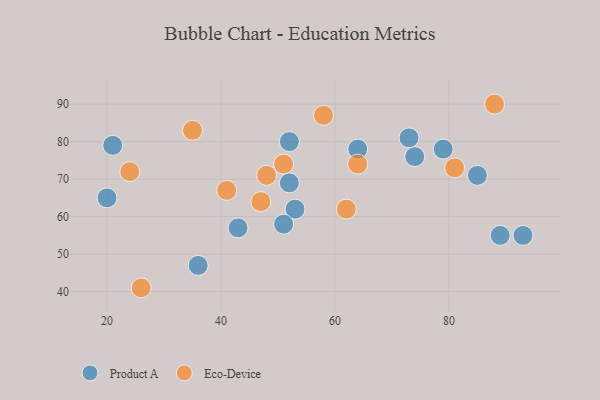
{"axis": {"x": "GDP", "y": "Life Expectancy"}, "legend": ["Eco-Device", "Product A"], "data": [{"x": "21", "y": 79, "type": "Product A"}, {"x": "36", "y": 47, "type": "Product A"}, {"x": "53", "y": 62, "type": "Product A"}, {"x": "79", "y": 78, "type": "Product A"}, {"x": "85", "y": 71, "type": "Product A"}, {"x": "74", "y": 76, "type": "Product A"}, {"x": "52", "y": 80, "type": "Product A"}, {"x": "20", "y": 65, "type": "Product A"}, {"x": "51", "y": 58, "type": "Product A"}, {"x": "52", "y": 69, "type": "Product A"}, {"x": "93", "y": 55, "type": "Product A"}, {"x": "64", "y": 78, "type": "Product A"}, {"x": "43", "y": 57, "type": "Product A"}, {"x": "73", "y": 81, "type": "Product A"}, {"x": "89", "y": 55, "type": "Product A"}, {"x": "35", "y": 83, "type": "Eco-Device"}, {"x": "81", "y": 73, "type": "Eco-Device"}, {"x": "26", "y": 41, "type": "Eco-Device"}, {"x": "58", "y": 87, "type": "Eco-Device"}, {"x": "24", "y": 72, "type": "Eco-Device"}, {"x": "64", "y": 74, "type": "Eco-Device"}, {"x": "47", "y": 64, "type": "Eco-Device"}, {"x": "51", "y": 74, "type": "Eco-Device"}, {"x": "62", "y": 62, "type": "Eco-Device"}, {"x": "41", "y": 67, "type": "Eco-Device"}, {"x": "88", "y": 90, "type": "Eco-Device"}, {"x": "48", "y": 71, "type": "Eco-Device"}]}